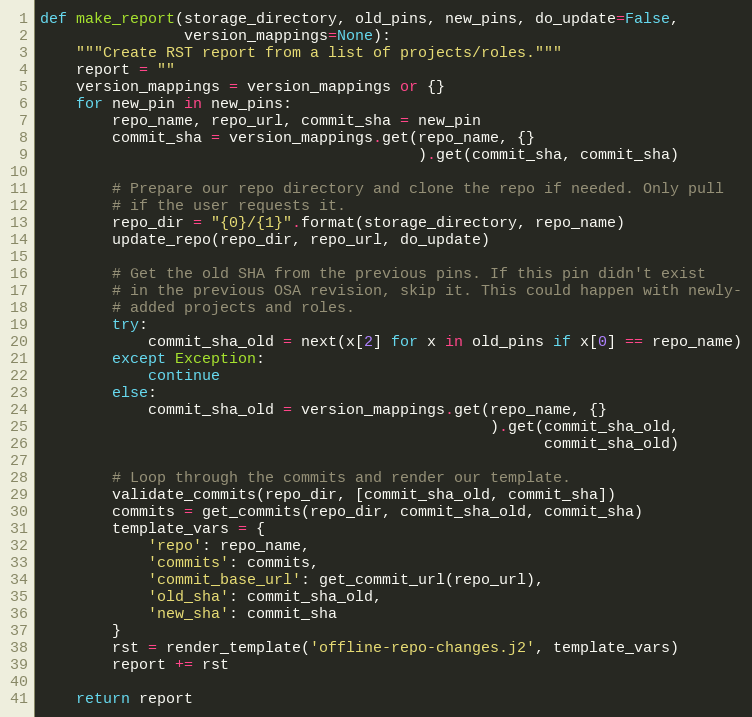
Language: Python
def make_report(storage_directory, old_pins, new_pins, do_update=False,
                version_mappings=None):
    """Create RST report from a list of projects/roles."""
    report = ""
    version_mappings = version_mappings or {}
    for new_pin in new_pins:
        repo_name, repo_url, commit_sha = new_pin
        commit_sha = version_mappings.get(repo_name, {}
                                          ).get(commit_sha, commit_sha)

        # Prepare our repo directory and clone the repo if needed. Only pull
        # if the user requests it.
        repo_dir = "{0}/{1}".format(storage_directory, repo_name)
        update_repo(repo_dir, repo_url, do_update)

        # Get the old SHA from the previous pins. If this pin didn't exist
        # in the previous OSA revision, skip it. This could happen with newly-
        # added projects and roles.
        try:
            commit_sha_old = next(x[2] for x in old_pins if x[0] == repo_name)
        except Exception:
            continue
        else:
            commit_sha_old = version_mappings.get(repo_name, {}
                                                  ).get(commit_sha_old,
                                                        commit_sha_old)

        # Loop through the commits and render our template.
        validate_commits(repo_dir, [commit_sha_old, commit_sha])
        commits = get_commits(repo_dir, commit_sha_old, commit_sha)
        template_vars = {
            'repo': repo_name,
            'commits': commits,
            'commit_base_url': get_commit_url(repo_url),
            'old_sha': commit_sha_old,
            'new_sha': commit_sha
        }
        rst = render_template('offline-repo-changes.j2', template_vars)
        report += rst

    return report